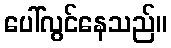
ပေါ်လွင်နေသည်။